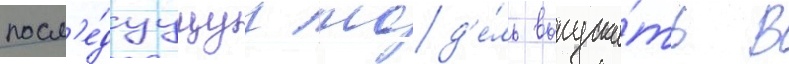
посл'е́дуущуу мод'е́ль выпуска́ть в